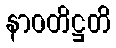
နာဝတိဋ္ဌတိ